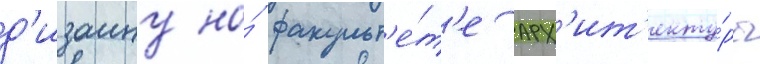
д'изаину на́ факульт'е́т'е арх'ит'екту́ры